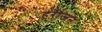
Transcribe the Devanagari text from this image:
हरीजन